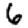
Digit: 6